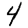
Digit: 4